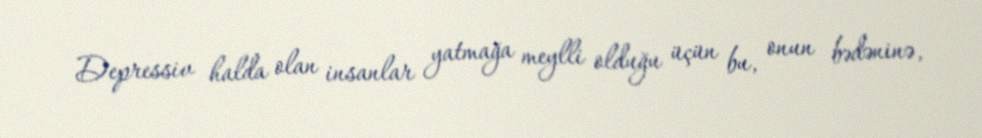
Depressiv halda olan insanlar yatmağa meylli olduğu üçün bu, onun bədəninə,